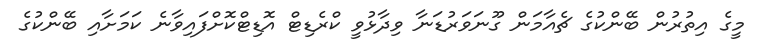
މީގެ އިތުރުން ބޭންކުގެ ޗެއާމަން ގޫނަވަރުޑަނާ ވިދާޅުވީ ކްރެޑިޓް އޮޑިޓްކޮށްފައިވާނެ ކަމަށާއި ބޭންކުގެ